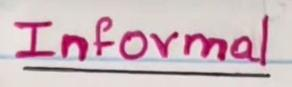
Informal